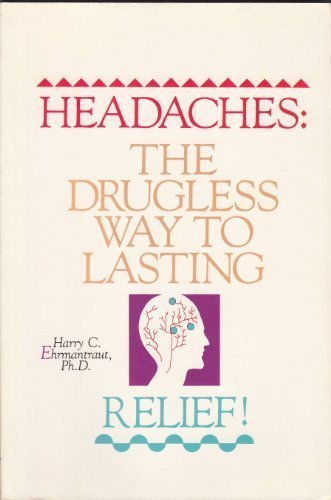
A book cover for Headaches: The Drugless Way to Lasting Relief; Harry C. Ehrmantraut; Health, Fitness & Dieting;